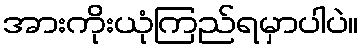
အားကိုးယုံကြည်ရမှာပါပဲ။